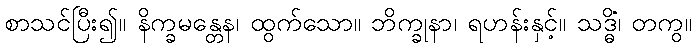
စာသင်ပြီး၍။ နိက္ခမန္တေန၊ ထွက်သော။ ဘိက္ခုနာ၊ ရဟန်းနှင့်။ သဒ္ဓိံ၊ တကွ။